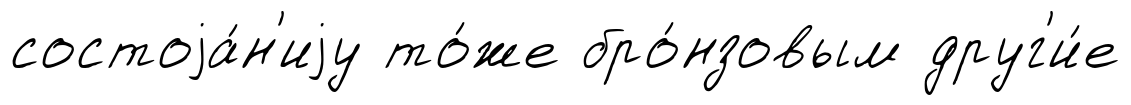
состоjа́н'иjу то́же бро́нзовым друг'и́е